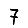
Digit: 7